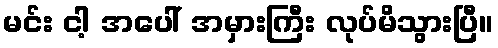
မင်း ငါ့ အပေါ် အမှားကြီး လုပ်မိသွားပြီ။